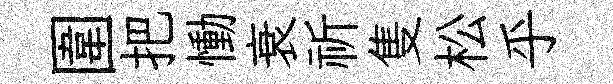
圍把慟衰祈隻松乎